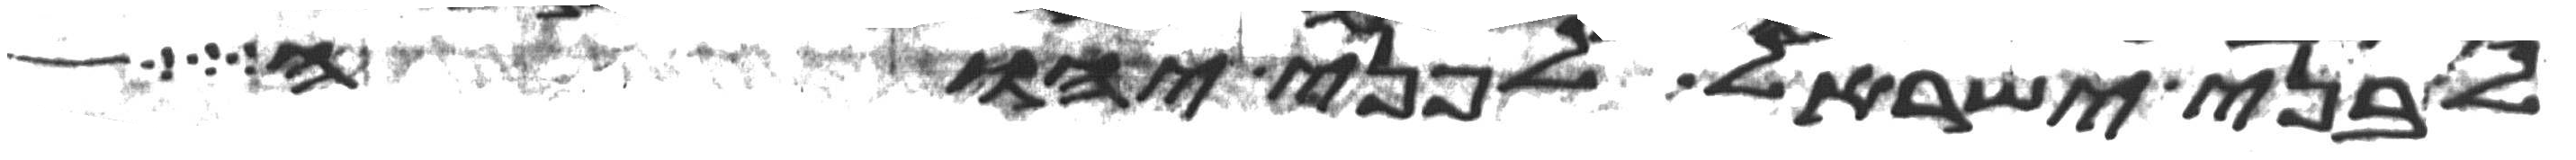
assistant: לבני ישראל לפני יהוה